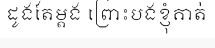
ដូងតែម្តង ព្រោះបងខ្ញុំគាត់